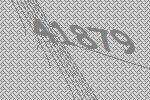
41879